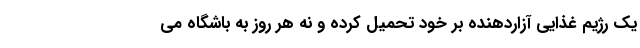
یک رژیم غذایی آزاردهنده بر خود تحمیل کرده و نه هر روز به باشگاه می